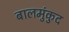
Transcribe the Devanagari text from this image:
बालमुंकुद